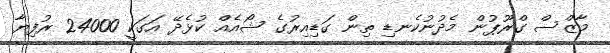
މާޒްސް ގްރޫޕުން މެދުނުކެނޑި ތިން ގަޑިއިރުގެ ޝޯއެއް ކުޅެދޭ އަގަކީ 24000 ރުފިޔާ